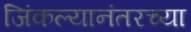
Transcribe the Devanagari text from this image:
जिंकल्यानंतरच्या